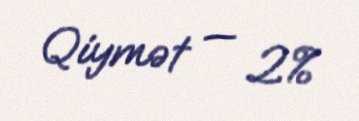
Qiymət — 2%